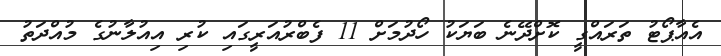
އެއާޕޯޓު ތަރައްގީ ކޮށްދޭނެ ބަޔަކު ހޯދުމަށް 11 ފެބްރުއަރީގައި ކުރި އިއުލާނުގެ މުއްދަތު